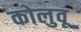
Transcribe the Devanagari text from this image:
कोलुवू